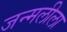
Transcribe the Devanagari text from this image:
जन्मलीला